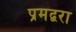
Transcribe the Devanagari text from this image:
प्रमद्वरा